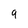
Character: 9